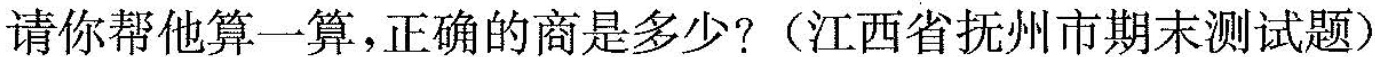
请你帮他算一算，正确的商是多少?(江西省抚州市期末测试题)